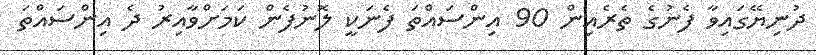
ދުނިޔޭގައިވާ ފެނުގެ ތެރެއިން 90 އިންސައްތަ ފެނަކީ ލޮނުފެން ކަމަށްވާއިރު ދެ އިންސަައްތަ